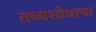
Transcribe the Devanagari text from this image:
तथ्यशोधाचा